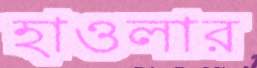
হাওলার